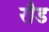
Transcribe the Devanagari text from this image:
रौड